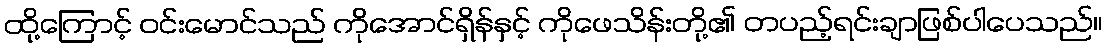
ထို့ကြောင့် ဝင်းမောင်သည် ကိုအောင်ရှိန်နှင့် ကိုဖေသိန်းတို့၏ တပည့်ရင်းချာဖြစ်ပါပေသည်။